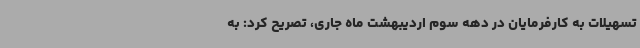
تسهیلات به کارفرمایان در دهه سوم اردیبهشت ماه جاری، تصریح کرد: به